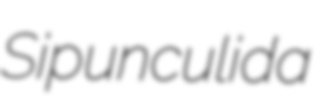
Sipunculida